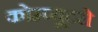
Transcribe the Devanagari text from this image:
कोम्प्यूटरो